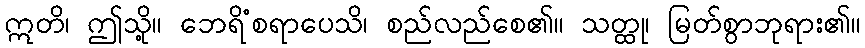
ဣတိ၊ ဤသို့။ ဘေရိံစရာပေသိ၊ စည်လည်စေ၏။ သတ္ထု၊ မြတ်စွာဘုရား၏။